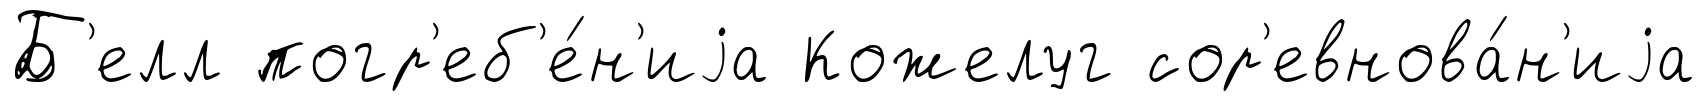
Б'елл погр'еб'е́н'иjа Кожелуг сор'евнова́н'иjа